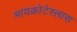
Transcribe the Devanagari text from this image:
मायक्रोटेस्लास